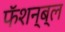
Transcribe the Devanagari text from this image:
फॅशन्ब्ल